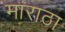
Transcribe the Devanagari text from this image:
माराठा